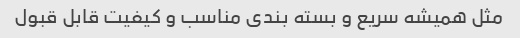
مثل همیشه سریع و بسته بندی مناسب و کیفیت قابل قبول